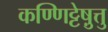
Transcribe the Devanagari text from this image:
कण्णिट्टेषु़त्तु